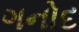
ગનોદ